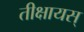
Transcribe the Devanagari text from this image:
तीक्षायस्